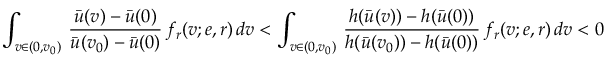
\int _ { v \in ( 0 , v _ { 0 } ) } \, \frac { \bar { u } ( v ) - \bar { u } ( 0 ) } { \bar { u } ( v _ { 0 } ) - \bar { u } ( 0 ) } \, f _ { r } ( v ; e , r ) \, d v < \int _ { v \in ( 0 , v _ { 0 } ) } \, \frac { h ( \bar { u } ( v ) ) - h ( \bar { u } ( 0 ) ) } { h ( \bar { u } ( v _ { 0 } ) ) - h ( \bar { u } ( 0 ) ) } \, f _ { r } ( v ; e , r ) \, d v < 0